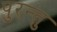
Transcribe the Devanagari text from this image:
पुरन्तु